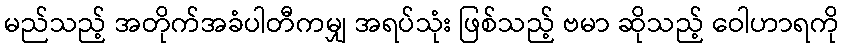
မည်သည့် အတိုက်အခံပါတီကမျှ အရပ်သုံး ဖြစ်သည့် ဗမာ ဆိုသည့် ဝေါဟာရကို